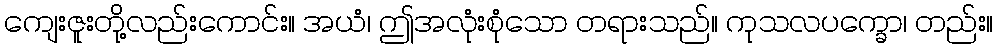
ကျေးဇူးတို့လည်းကောင်း။ အယံ၊ ဤအလုံးစုံသော တရားသည်။ ကုသလပက္ခော၊ တည်း။